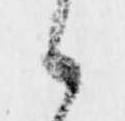
候